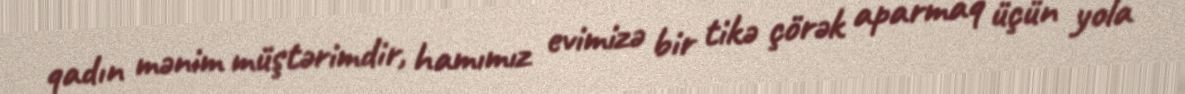
qadın mənim müştərimdir, hamımız evimizə bir tikə çörək aparmaq üçün yola